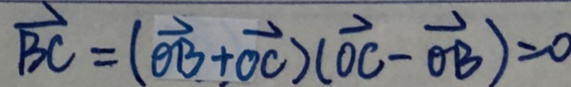
\overrightarrow { B C } = ( \overrightarrow { O B } + \overrightarrow { O C } ) ( \overrightarrow { O C } - \overrightarrow { O B } ) = 0